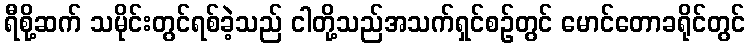
ရီစို့ဆက် သမိုင်းတွင်ရစ်ခဲ့သည် ငါတို့သည်အသက်ရှင်စဉ်တွင် မောင်တောခရိုင်တွင်